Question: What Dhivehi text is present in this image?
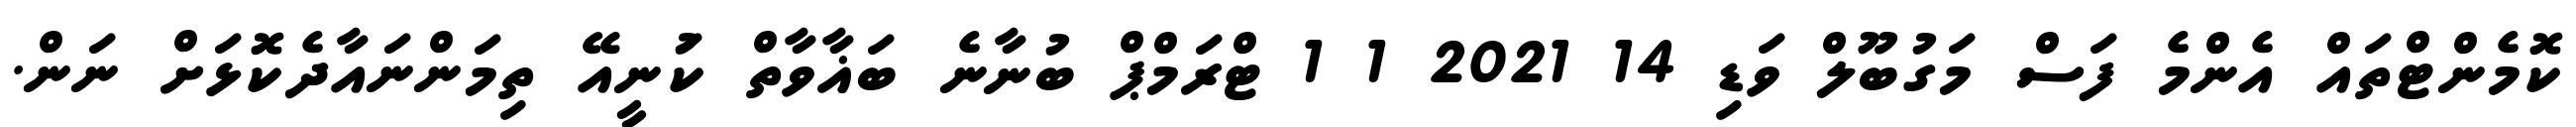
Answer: ކޮމެންޓްތައް އެންމެ ފަސް މަގުބޫލް ވަޑި 14 2021 1 1 ޓްރަމްޕް ބުނާނެ ބަޣާވާތް ކުަނީއޭ ތިމަންނައާދެކޮޅަށް ނަން.